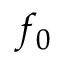
f _ { 0 }